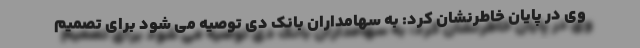
وی در پایان خاطرنشان کرد: به سهامداران بانک دی توصیه می شود برای تصمیم